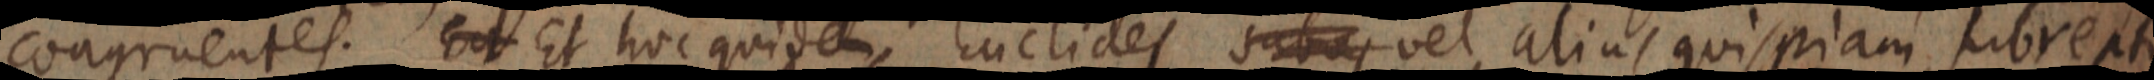
congruentes. Est Et hoc quidem Euclides subas vel alius qui piam subrepti